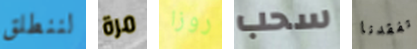
لننطلق مرة روزا سحب تفقدنا